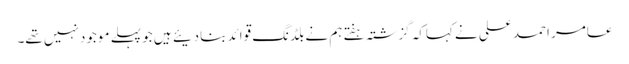
عامر احمد علی نے کہاکہ گزشتہ ہفتے ہم نے بلڈنگ قوائد بنادیئے ہیں جو پہلے موجود نہیں تھے۔